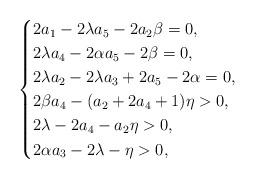
LaTeX: \begin{align*}\begin{cases}2a_1-2\lambda a_5-2a_2\beta=0,\\2\lambda a_4-2\alpha a_5-2\beta=0,\\2\lambda a_2-2\lambda a_3+2a_5-2\alpha=0,\\2\beta a_4 -(a_2+2a_4+1)\eta>0,\\2\lambda-2a_4-a_2 \eta>0,\\2\alpha a_3-2\lambda-\eta>0,\end{cases}\end{align*}